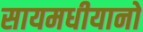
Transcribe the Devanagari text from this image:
सायमधीयानो